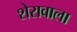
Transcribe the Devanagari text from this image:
शेरावाला